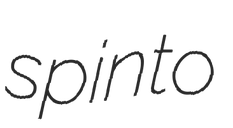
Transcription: spinto